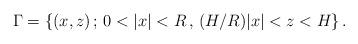
LaTeX: \begin{align*} \Gamma=\{(x,z)\,;\,0<|x|<R\,,\,(H/R)|x|<z<H\}\,.\end{align*}